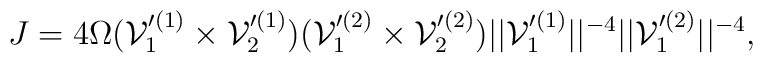
J= 4\Omega  ({\cal V}_1'^{(1)}\times {\cal V}_2'^{(1)} )({\cal V}_1'^{(2)}\times {\cal V}_2'^{(2)} )|| {\cal V}_1'^{(1)} ||^{-4}  || {\cal V}_1'^{(2)} ||^{-4},